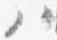
ハ